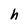
Character: h